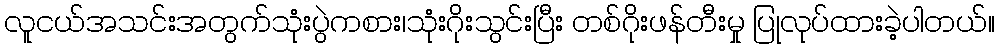
လူငယ်အသင်းအတွက်သုံးပွဲကစား၊သုံးဂိုးသွင်းပြီး တစ်ဂိုးဖန်တီးမှု ပြုလုပ်ထားခဲ့ပါတယ်။